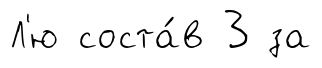
Л'ю соста́в 3 за